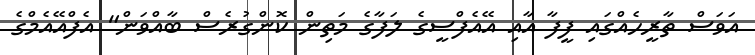
އަވަސް ތާރީހެއްގައި ފީފާ އާއި އޭއެފްސީގެ ލަފާގެ މަތިން ކޮންގުރެސް ބާއްވަން" އެފްއޭއެމްގެ